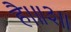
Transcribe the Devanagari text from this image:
है।॥३॥